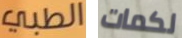
الطبي لكمات